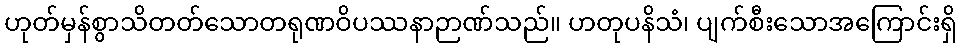
ဟုတ်မှန်စွာသိတတ်သောတရုဏဝိပဿနာဉာဏ်သည်။ ဟတုပနိသံ၊ ပျက်စီးသောအကြောင်းရှိ